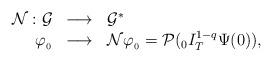
LaTeX: \begin{align*}\begin{array}{rll}\mathcal{N} : \mathcal{G}& \longrightarrow & \mathcal{G}^{*}\\\varphi_{_{0}} & \longrightarrow& \mathcal{N} \varphi_{_{0}} = \mathcal{P}({}_{0}I_{T}^{1-q}\Psi(0)),\end{array}\end{align*}